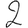
Digit: 2